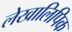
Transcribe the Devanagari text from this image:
लेखालिपिक